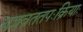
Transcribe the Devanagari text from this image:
यज्ञव्रततपःक्रियाः